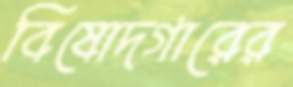
বিষোদগারের